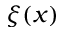
\xi ( x )